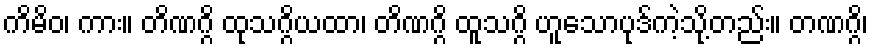
ကိမိဝ၊ ကား။ တိဏဂ္ဂိ ထုသဂ္ဂိယထာ၊ တိဏဂ္ဂိ ထူသဂ္ဂိ ဟူသောပုဒ်ကဲ့သို့တည်း။ တဏဂ္ဂိ၊